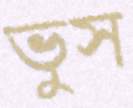
ভুস